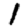
Digit: 1